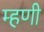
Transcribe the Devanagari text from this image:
म्‍हणी